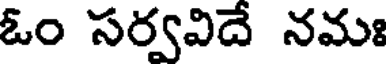
ఓం సర్వవిదే నమః